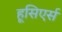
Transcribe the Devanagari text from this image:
हूसिएर्स